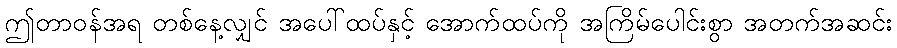
ဤတာဝန်အရ တစ်နေ့လျှင် အပေါ်ထပ်နှင့် အောက်ထပ်ကို အကြိမ်ပေါင်းစွာ အတက်အဆင်း